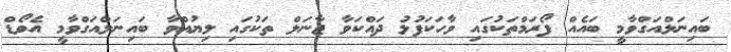
ބައިނަލްއަގްވާމީ ބައެއް ފޯރަމްތަކުގައި ވާހަކަފުޅު ދައްކަވާ ޖާނަލް ތަކުގައި ލިޔުއްވާ ބައިނަލްއަގްވާމީ އެވޯޑް